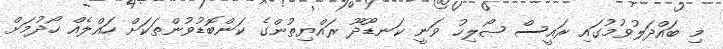
މި ބައްދަލުވުމުގައި ރައީސް ޞޯލިހު ވަނީ ކަނޑޫދޫ ރައްޔިތުންގެ ކަންބޮޑުވުންތަކަށް ހައްލެއް ހޯދުމަށް